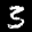
Label: 3